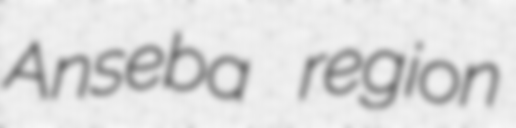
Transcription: Anseba region